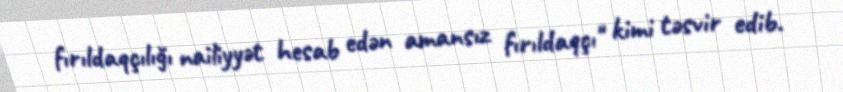
fırıldaqçılığı nailiyyət hesab edən amansız fırıldaqçı" kimi təsvir edib.